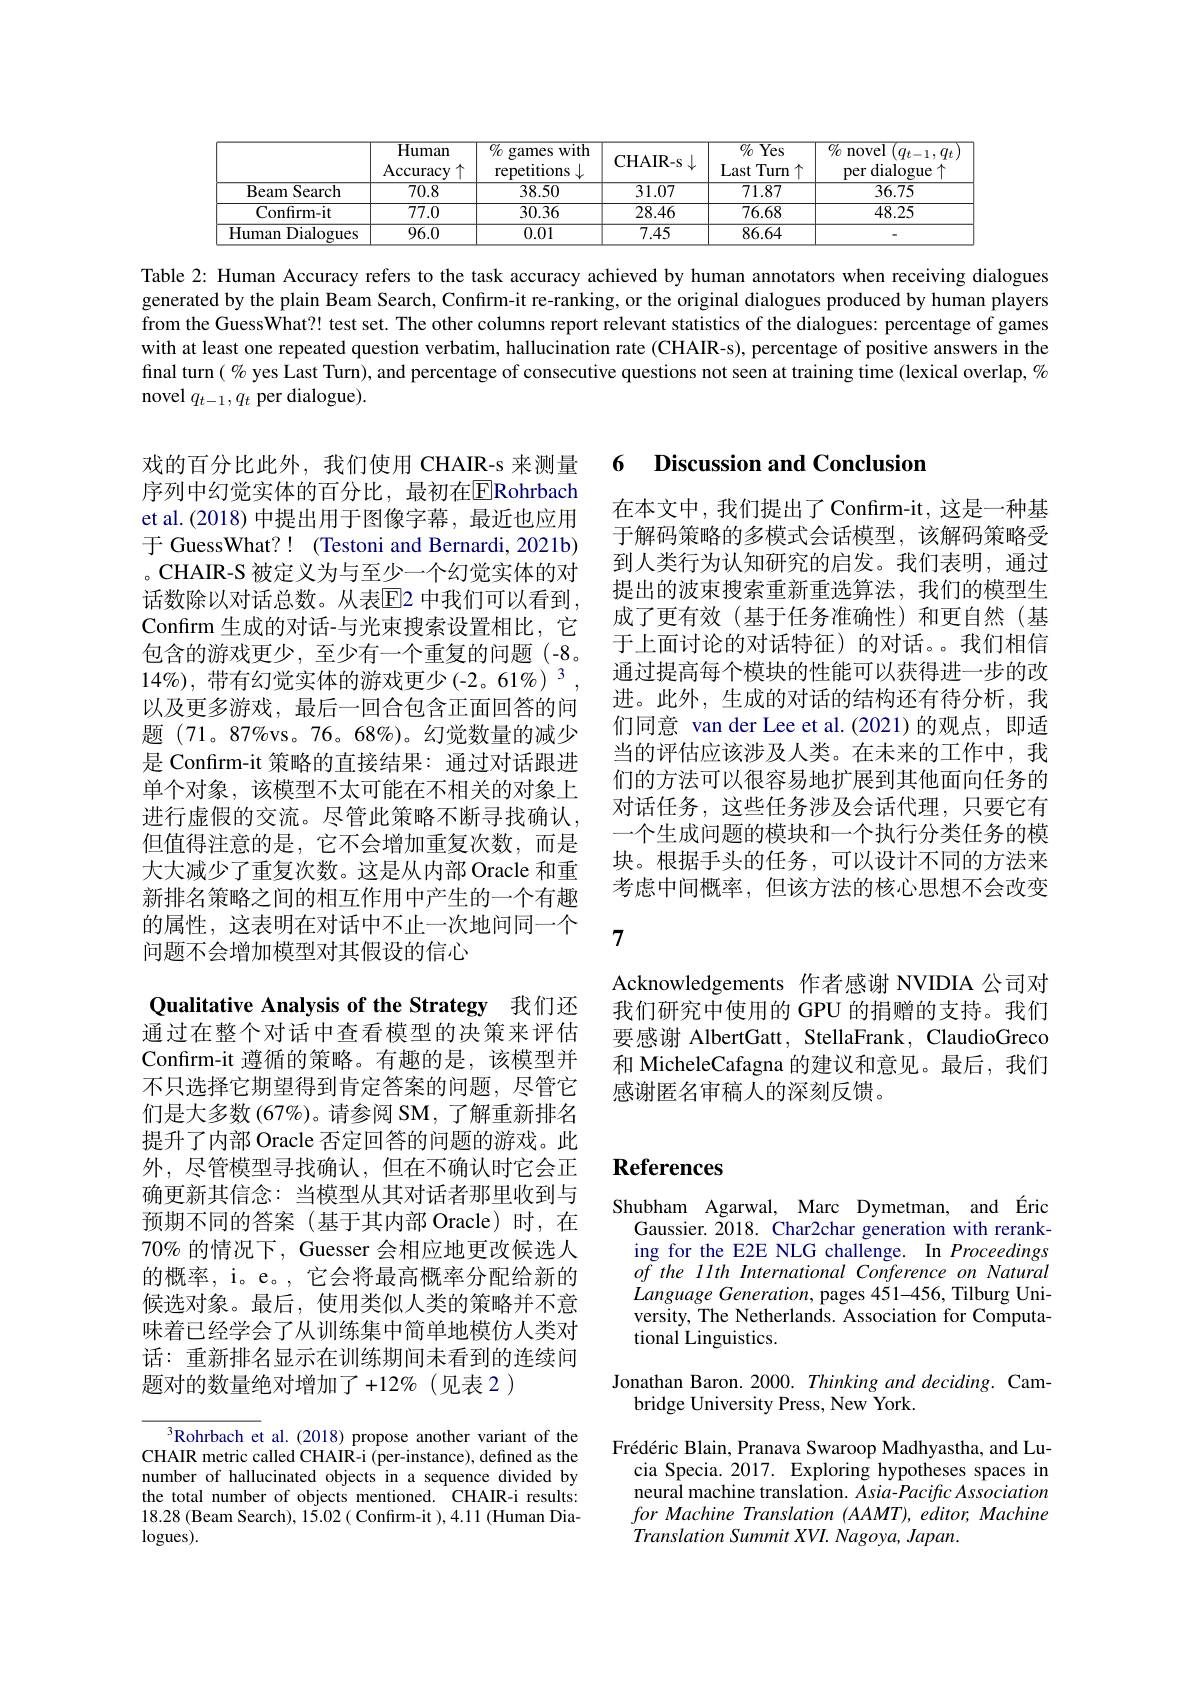
<table>
	<tbody>
		<tr>
			<th> </th>
			<th>Human Accuracy 1个</th>
			<th>$\%$ swith games repetitions</th>
			<th>CHAIR- s</th>
			<th>$\overline{O_0^{\prime}\mathrm{~Yes}}$ Last Turn 1个</th>
			<th>$o/_{0}$ novel $q_{t-1},q_{t}$ dialogue per</th>
		</tr>
		<tr>
			<td>$\mathbf{Beam}$ Search 1 1</td>
			<td>$\overline{70.8}$</td>
			<td>38.50</td>
			<td>31.07</td>
			<td>71.87</td>
			<td>36.75</td>
		</tr>
		<tr>
			<td>Confirm-it</td>
			<td>77.0</td>
			<td>30.36</td>
			<td>28.46</td>
			<td>76.68</td>
			<td>48.25</td>
		</tr>
		<tr>
			<td>Human Dialogues</td>
			<td>96.0</td>
			<td>0.01</td>
			<td>7.45</td>
			<td>86.64</td>
			<td> </td>
		</tr>
	</tbody>
</table>

Table 2: Human Accuracy refers to the task accuracy achieved by human annotators when receiving dialogues generated by the plain Beam Search, Confirm-it re-ranking, or the original dialogues produced by human players from the GuessWhat?! test set. The other columns report relevant statistics of the dialogues: percentage of games with at least one repeated question verbatim, hallucination rate (CHAIR-s), percentage of positive answers in the final turn( % yes Last Turn), and percentage of consecutive questions not seen at training time (lexical overlap, $\%$ novel $q_{t-1},q_{t}$ per dialogue).

## 6 Discussion and Conclusion

在本文中，我们提出了Confirm-it,这是一种基于解码策略的多模式会话模型，该解码策略受到人类行为认知研究的启发。我们表明，通过提出的波束搜索重新重选算法，我们的模型生成了更有效(基于任务准确性)和更自然(基于上面讨论的对话特征)的对话。我们相信通过提高每个模块的性能可以获得进一步的改进。此外，生成的对话的结构还有待分析，我们同意 van der Lee et al.(2021)的观点，即适当的评估应该涉及人类。在未来的工作中，我们的方法可以很容易地扩展到其他面向任务的对话任务，这些任务涉及会话代理，只要它有一个生成问题的模块和一个执行分类任务的模块。根据手头的任务，可以设计不同的方法来考虑中间概率，但该方法的核心思想不会改变

戏的百分比此外，我们使用 CHAIR-s 来测量序列中幻觉实体的百分比，最初在$\overline{\mathrm{E}}$Rohrbach et al.(2018) 中提出用于图像字幕，最近也应用于 GuessWhat?! (Testoni and Bernardi, 2021b) 。CHAIR-S 被定义为与至少一个幻觉实体的对话数除以对话总数。从表$\overline{\mathrm{E}}$2 中我们可以看到， Confırm 生成的对话-与光束搜索设置相比，它包含的游戏更少，至少有一个重复的问题(-8。$14\%)$,带有幻觉实体的游戏更少(-2。61%)$^3$ 以及更多游戏，最后一回合包含正面回答的问题 (71。87%vs。76。68%)。幻觉数量的减少是 Confırm-it 策略的直接结果：通过对话跟进单个对象，该模型不太可能在不相关的对象上进行虚假的交流。尽管此策略不断寻找确认， 但值得注意的是，它不会增加重复次数，而是大大减少了重复次数。这是从内部 Oracle 和重新排名策略之间的相互作用中产生的一个有趣的属性，这表明在对话中不止一次地问同一个问题不会增加模型对其假设的信心
Qualitative Analysis of the Strategy 我们还通过在整个对话中查看模型的决策来评估Confirm-it 遵循的策略。有趣的是，该模型并不只选择它期望得到肯定答案的问题，尽管它们是大多数 (67%)。请参阅 SM,了解重新排名提升了内部 Oracle 否定回答的问题的游戏。此外，尽管模型寻找确认，但在不确认时它会正确更新其信念：当模型从其对话者那里收到与预期不同的答案(基于其内部 Oracle)时，在$70\%$的情况下，Guesser 会相应地更改候选人的概率，i。e。, 它会将最高概率分配给新的候选对象。最后，使用类似人类的策略并不意味着已经学会了从训练集中简单地模仿人类对话：重新排名显示在训练期间未看到的连续问题对的数量绝对增加了$+12\%($见表 2)
$^{3}$Rohrbach et al.(2018)propose another variant of the CHAIR metric called CHAIR-i (per-instance), defined as the

7

Acknowledgements 作者感谢 NVIDIA 公司对我们研究中使用的 GPU 的捐赠的支持。我们要感谢 AlbertGatt, StellaFrank, ClaudioGreco 和 MicheleCafagna 的建议和意见。最后，我们感谢匿名审稿人的深刻反馈。

# References

Shubham Agarwal, Marc Dymetman, and Éric
Gaussier. 2018. Char2char generation with reranking for the E2E NLG challenge. In Proceedings $of$ the llth International Conference on Natural $Language\textit{Generation, pages 451- 456, Tilburg Uni- }$ versity, The Netherlands. Association for Computational Linguistics.

Jonathan Baron. 2000. Thinking and deciding. Cam-
bridge University Press, New York.

number of hallucinated objects in a sequence divided by the total number of objects mentioned. CHAIR-i results: 18.28 (Beam Search), 15.02 ( Confirm-it ),4.11 (Human Dia- $\log$ues).

Frédéric Blain, Pranava Swaroop Madhyastha, and Lu-
cia Specia. 2017. Exploring hypotheses spaces in neural machine translation. Asia-Pacific Association for Machine Translation (AAMT), editor, Machine Translation Summit XVI. Nagoya, Japan.